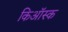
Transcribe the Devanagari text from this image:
किऑस्क